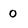
Character: 0